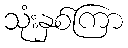
သုံးနှစ်ကြာ